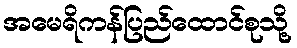
အမေရိကန်ပြည်ထောင်စုသို့